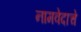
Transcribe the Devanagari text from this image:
नामवेदाचे